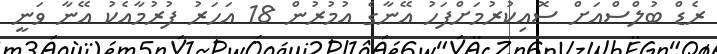
ރެޑް ބުލްސްއަށް ސޮއިކުރުމަށްފަހު އޭނާގެ އުމުރުން 18 އަހަރު ފުރުމާއެކު އޭނާ ވަނީ